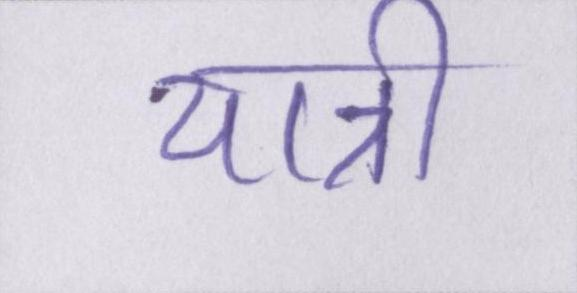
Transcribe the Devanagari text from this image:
यात्री